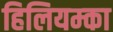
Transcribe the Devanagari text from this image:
हिलियम्का